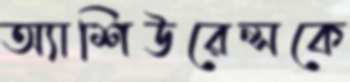
অ্যাশিউরেন্সকে